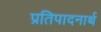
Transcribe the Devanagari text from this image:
प्रतिपादनार्थ